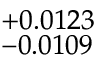
^ { + 0 . 0 1 2 3 } _ { - 0 . 0 1 0 9 }